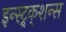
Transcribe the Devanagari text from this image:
इन्स्ट्र्क्शन्स